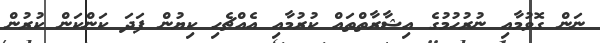
ނަން ގޮވުމާއި ނުރުހުމުގެ އިޝާރާތްތައް ކުރުމާއި އެއްޗެހި ކިޔުން ފަދަ ކަންކަން ކުރުން